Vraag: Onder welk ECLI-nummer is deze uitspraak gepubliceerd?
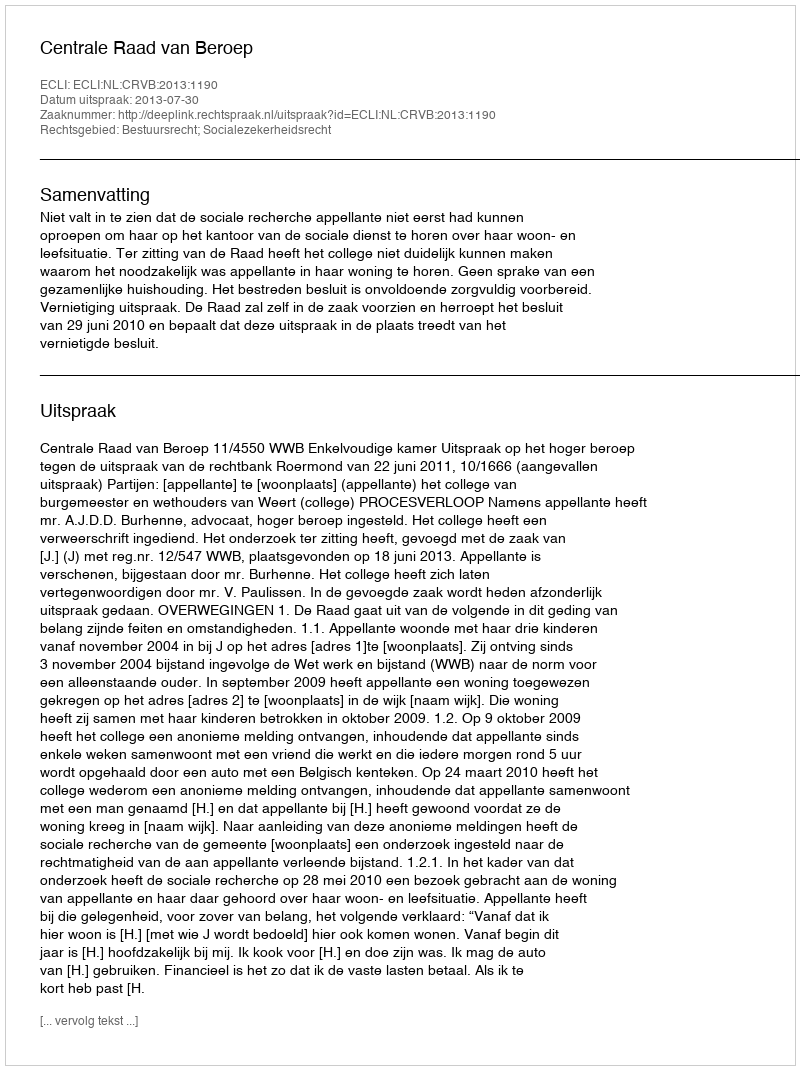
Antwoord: ECLI:NL:CRVB:2013:1190